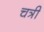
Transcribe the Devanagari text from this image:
चत्री